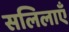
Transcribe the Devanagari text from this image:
सलिलाएँ